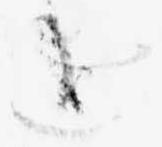
追